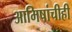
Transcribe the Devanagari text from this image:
आमिषांचीही